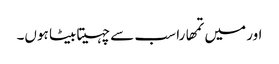
اور میں تمھارا سب سے چہیتا بیٹا ہوں۔